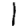
Digit: 1